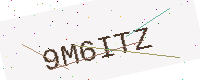
Text: 9M6ITZ